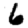
Digit: 6